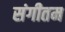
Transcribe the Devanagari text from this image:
संगीतम